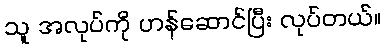
သူ အလုပ်ကို ဟန်ဆောင်ပြီး လုပ်တယ်။